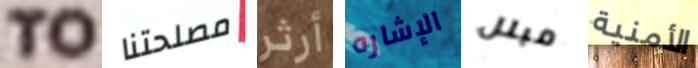
TO مصلحتنا أرثر الإشاره مبلل الأمنية